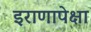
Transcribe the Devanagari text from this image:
इराणापेक्षा